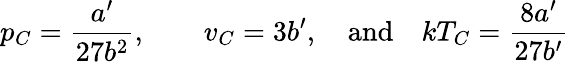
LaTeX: p_{C}={\frac{a^{\prime}}{27b^{2}}},\qquad\displaystyle{v_{C}=3b^{\prime}},\quad{\mathrm{and}}\quad kT_{C}={\frac{8a^{\prime}}{27b^{\prime}}}